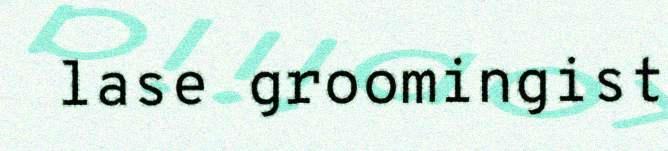
lase groomingist